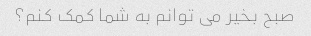
صبح بخیر می توانم به شما کمک کنم؟